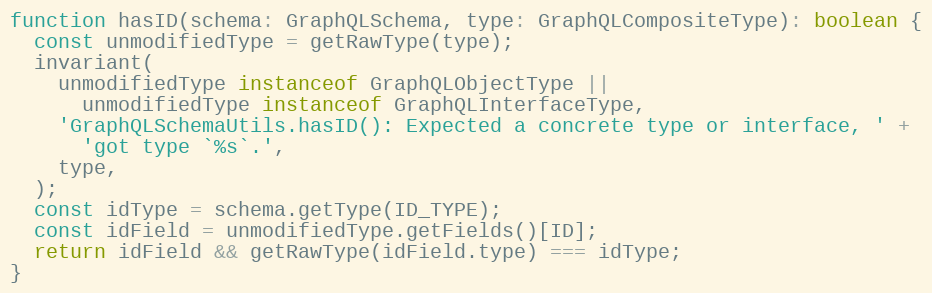
Language: JavaScript
function hasID(schema: GraphQLSchema, type: GraphQLCompositeType): boolean {
  const unmodifiedType = getRawType(type);
  invariant(
    unmodifiedType instanceof GraphQLObjectType ||
      unmodifiedType instanceof GraphQLInterfaceType,
    'GraphQLSchemaUtils.hasID(): Expected a concrete type or interface, ' +
      'got type `%s`.',
    type,
  );
  const idType = schema.getType(ID_TYPE);
  const idField = unmodifiedType.getFields()[ID];
  return idField && getRawType(idField.type) === idType;
}